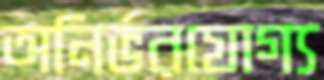
অনির্ভরযোগ্য